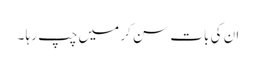
ان کی بات سن کر میں چپ رہا ۔